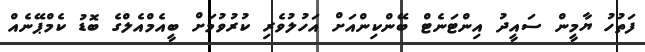
ފަތުހު ޔާމީން ސައީދު އިންޓަނެޓް ބޭންކިންއަށް އަހުލުވެރި ކުރުވުމަށް ބީއެމްއެލްގެ ބޮޑު ކެމްޕޭނެއް